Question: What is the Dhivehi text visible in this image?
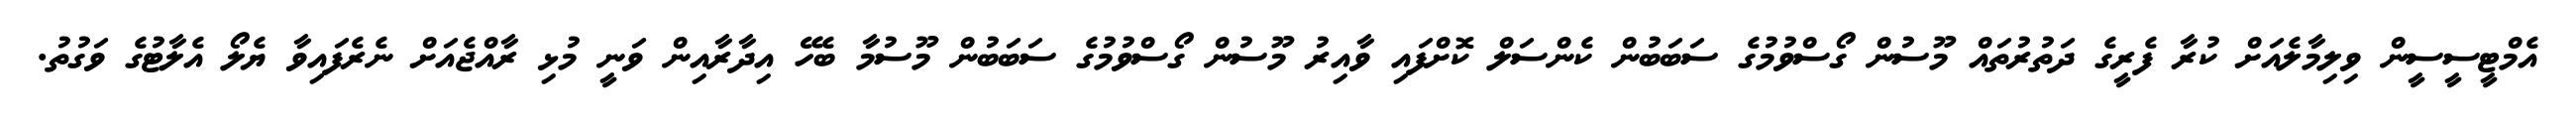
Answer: އެމްޓީސީސީން ވިލިމާލެއަށް ކުރާ ފެރީގެ ދަތުރުތައް މޫސުން ގޯސްވުމުގެ ސަބަބުން ކެންސަލް ކޮށްފައި ވާއިރު މޫސުން ގޯސްވުމުގެ ސަބަބުން މޫސުމާ ބެހޭ އިދާރާއިން ވަނީ މުޅި ރާއްޖެއަށް ނެރެފައިވާ ޔެލޯ އެލާޓުގެ ވަގުތު.